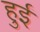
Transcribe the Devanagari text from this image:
हुर्इं